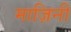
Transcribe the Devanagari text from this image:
माज़िनी